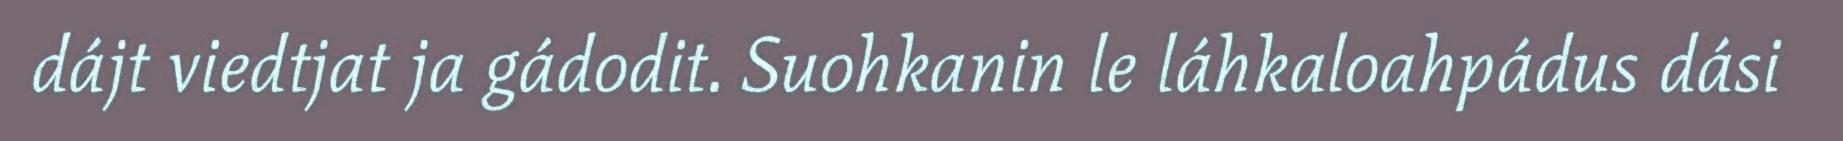
dájt viedtjat ja gádodit. Suohkanin le láhkaloahpádus dási